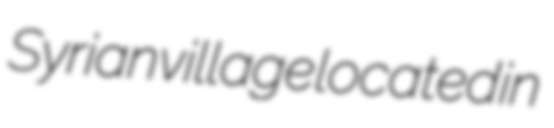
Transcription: Syrian village located in